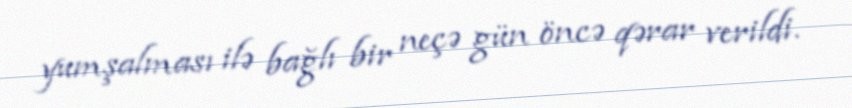
yumşalması ilə bağlı bir neçə gün öncə qərar verildi.